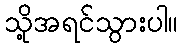
သို့အရင်သွားပါ။